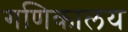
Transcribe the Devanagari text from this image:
गणिकालय